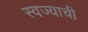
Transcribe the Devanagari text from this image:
स्वज्याची